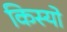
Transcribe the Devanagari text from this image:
किस्यो